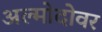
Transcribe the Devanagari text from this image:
अल्मोदोवर